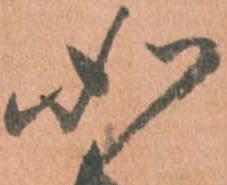
如